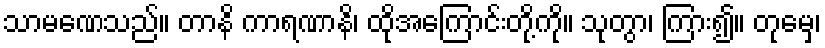
သာမဏေသည်။ တာနိ ကာရဏာနိ၊ ထိုအကြောင်းတို့ကို။ သုတွာ၊ ကြား၍။ တုမှေ၊